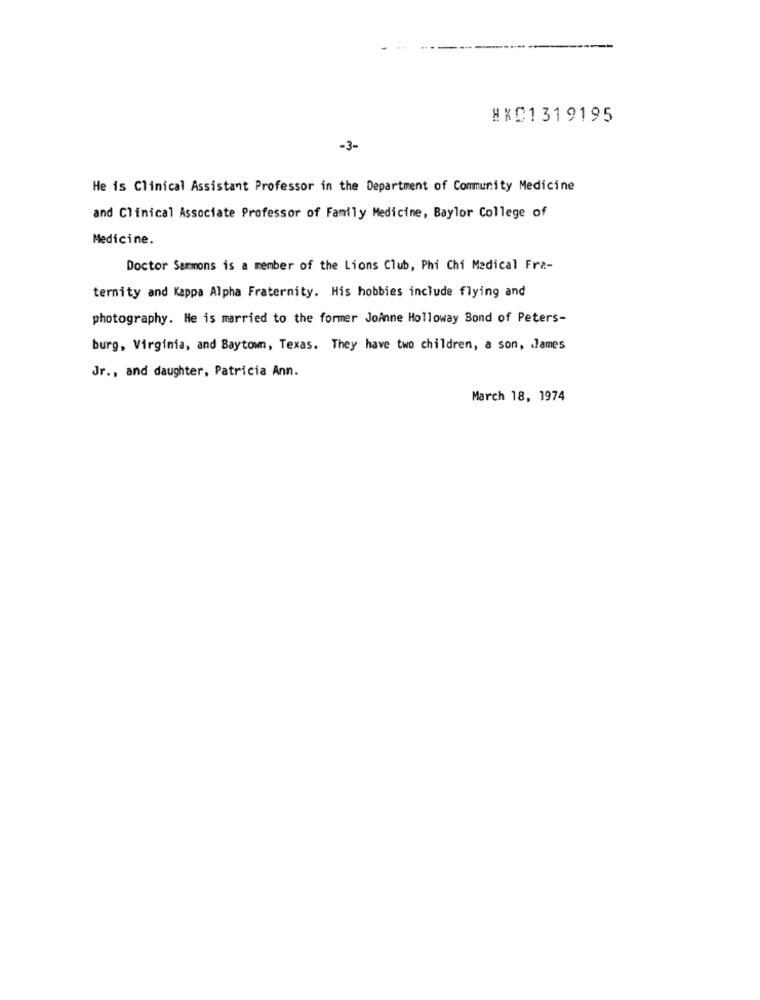
#XC1319195
-3-
He is Clinical Assistant Professor in the Department of Community Medicine
and Clinical Associate Professor of Family Medicine, Baylor College of
Medicine.
Doctor Sammons is a member of the Lions Club, Phi Chi Medical Fra-
ternity and Kappa Alpha Fraternity. His hobbies include flying and
photography. He is married to the former Joinne Holloway Bond of Peters-
burg, Virginia, and Baytown, Texas. They have two children, a son, James
Jr ., and daughter, Patricia Ann.
March 18, 1974